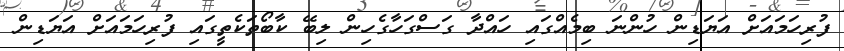
ފުރިހަމައަށް އަޔަޑިން ހުންނަ ބިމެއްގައި ހައްދާ ގަސްގަހާގެހިން ލިބޭ ކާބޯތަކެތީގައި ފުރިހަމައަށް އަޔަޑިން